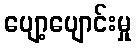
ပျော့ပျောင်းမှု